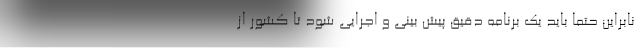
نابراین حتما باید یک برنامه دقیق پیش بینی و اجرایی شود تا کشور از